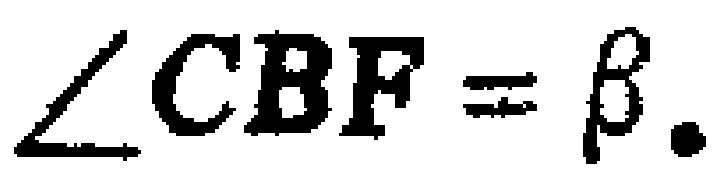
$\angle CBF = \beta.$